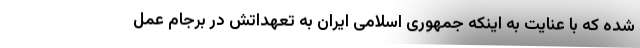
شده که با عنایت به اینکه جمهوری اسلامی ایران به تعهداتش در برجام عمل